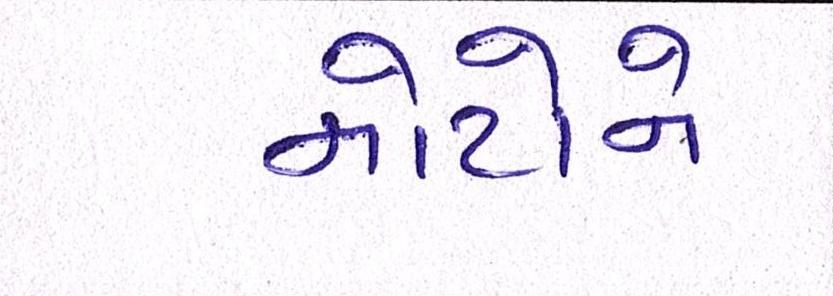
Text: નોટોને